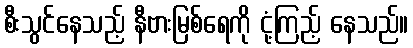
စီးသွင်နေသည့် နီဗားမြစ်ရေကို ငုံ့ကြည့် နေသည်။